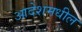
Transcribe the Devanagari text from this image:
आदेशमधील